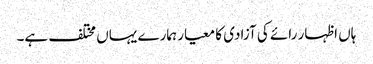
ہاں اظہار رائے کی آزادی کا معیار ہمارے یہاں مختلف ہے۔